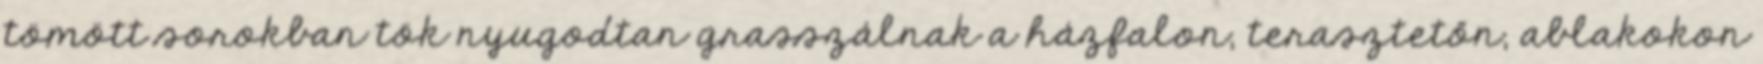
tömött sorokban tök nyugodtan grasszálnak a házfalon, terasztetőn, ablakokon